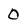
Character: 0